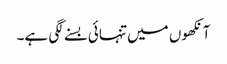
آنکھوں میں تنہائی بسنے لگی ہے۔